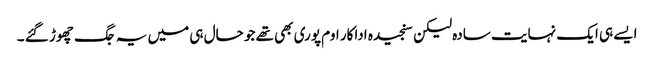
ایسے ہی ایک نہایت سادہ لیکن سنجیدہ اداکار اوم پوری بھی تھے جو حال ہی میں یہ جگ چھوڑ گئے ۔